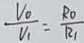
\frac { V _ { 0 } } { V _ { 1 } } = \frac { R _ { 0 } } { R _ { 1 } }